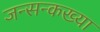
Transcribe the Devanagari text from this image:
जन्सन्कख्या